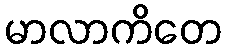
မာလာကိတေ